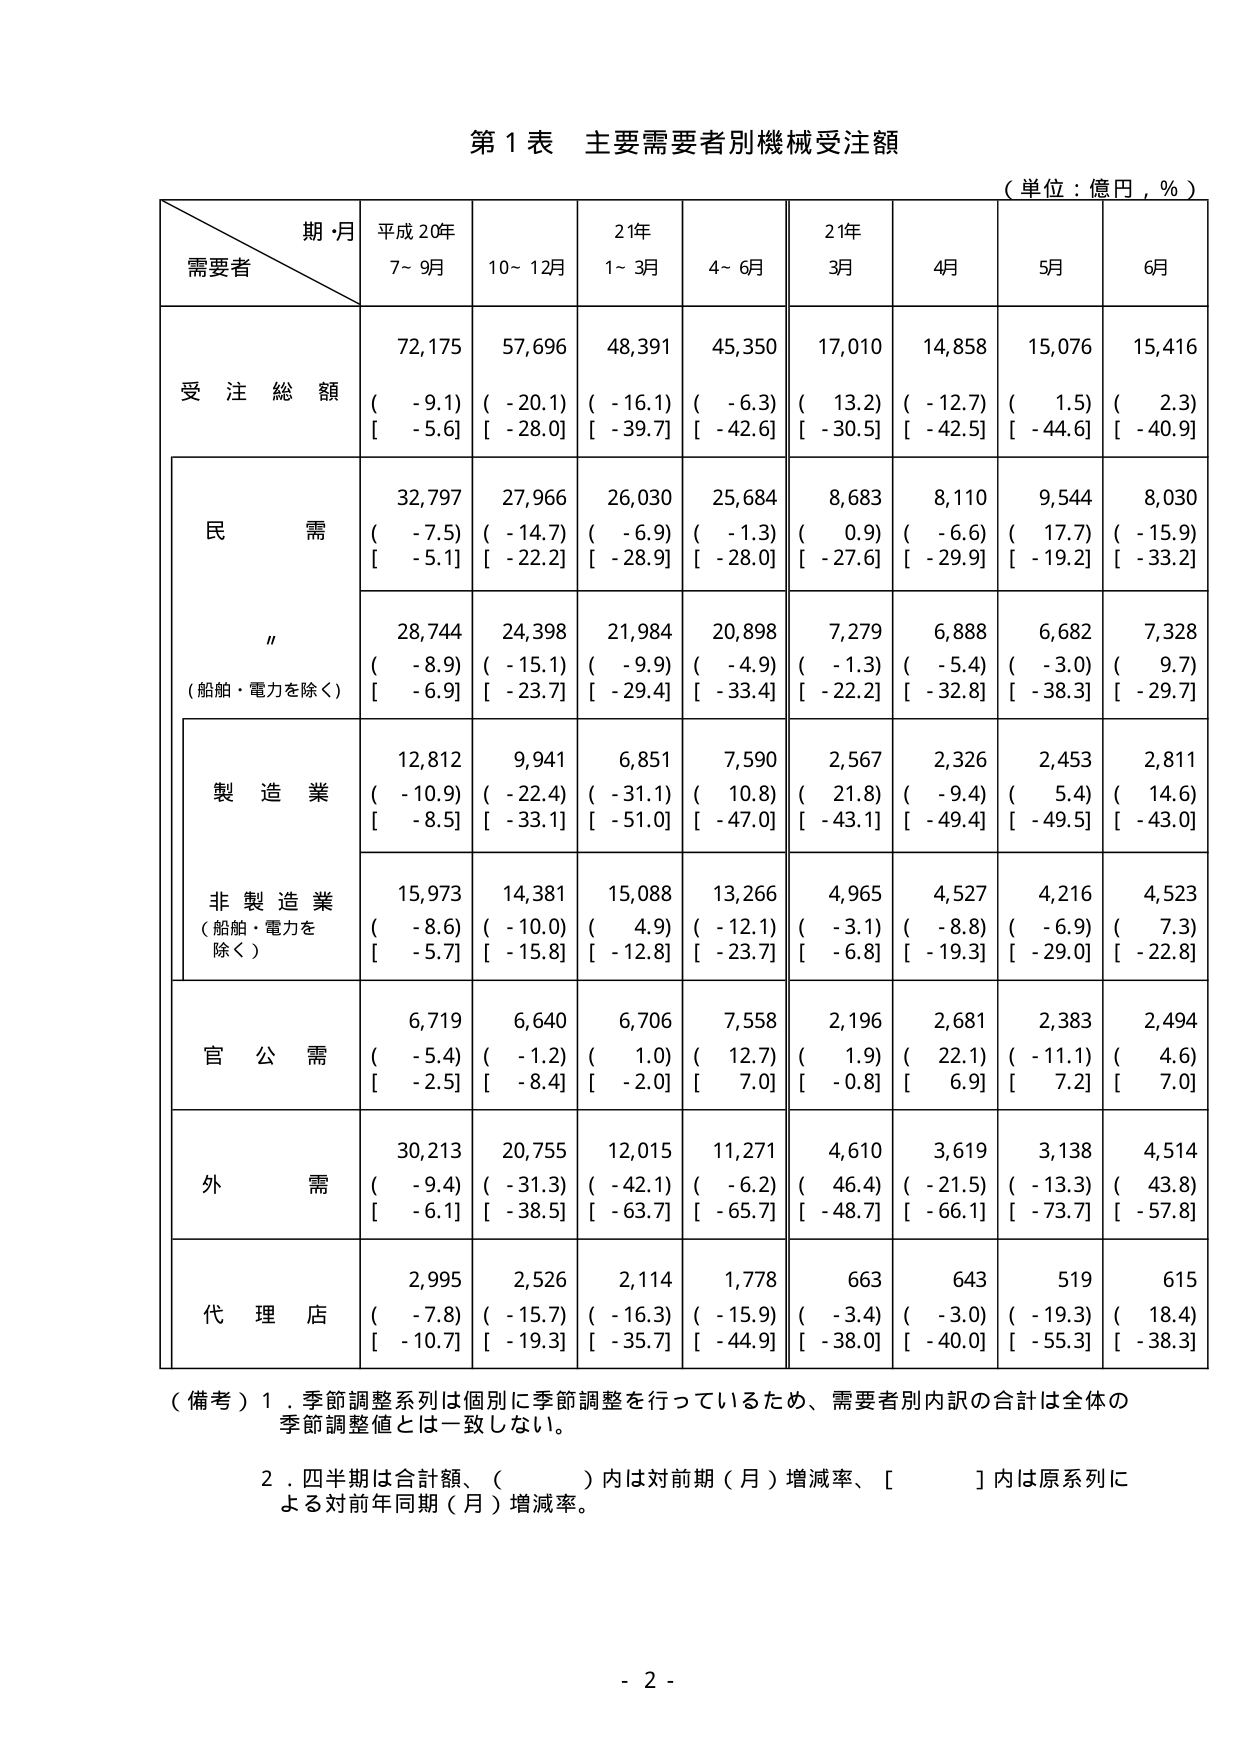
第１表 主要需要者別機械受注額
（単位：億円，％）

期・月
需要者
平成20年
7～9月
10～12月
21年
1～3月
4～6月
21年
3月
4月
5月
6月

受注総額
72,175
57,696
48,391
45,350
17,010
14,858
15,076
15,416
（ -9.1）
（ -20.1）
（ -16.1）
（ -6.3）
（ 13.2）
（ -12.7）
（ 1.5）
（ 2.3）
[ -5.6]
[ -28.0]
[ -39.7]
[ -42.6]
[ -30.5]
[ -42.5]
[ -44.6]
[ -40.9]

民需
32,797
27,966
26,030
25,684
8,683
8,110
9,544
8,030
（ -7.5）
（ -14.7）
（ -6.9）
（ -1.3）
（ 0.9）
（ -6.6）
（ 17.7）
（ -15.9）
[ -5.1]
[ -22.2]
[ -28.9]
[ -28.0]
[ -27.6]
[ -29.9]
[ -19.2]
[ -33.2]

〃
（船舶・電力を除く）
28,744
24,398
21,984
20,898
7,279
6,888
6,682
7,328
（ -8.9）
（ -15.1）
（ -9.9）
（ -4.9）
（ -1.3）
（ -5.4）
（ -3.0）
（ 9.7）
[ -6.9]
[ -23.7]
[ -29.4]
[ -33.4]
[ -22.2]
[ -32.8]
[ -38.3]
[ -29.7]

製造業
12,812
9,941
6,851
7,590
2,567
2,326
2,453
2,811
（ -10.9）
（ -22.4）
（ -31.1）
（ 10.8）
（ 21.8）
（ -9.4）
（ 5.4）
（ 14.6）
[ -8.5]
[ -33.1]
[ -51.0]
[ -47.0]
[ -43.1]
[ -49.4]
[ -49.5]
[ -43.0]

非製造業
（船舶・電力を除く）
15,973
14,381
15,088
13,266
4,965
4,527
4,216
4,523
（ -8.6）
（ -10.0）
（ 4.9）
（ -12.1）
（ -3.1）
（ -8.8）
（ -6.9）
（ 7.3）
[ -5.7]
[ -15.8]
[ -12.8]
[ -23.7]
[ -6.8]
[ -19.3]
[ -29.0]
[ -22.8]

官公需
6,719
6,640
6,706
7,558
2,196
2,681
2,383
2,494
（ -5.4）
（ -1.2）
（ 1.0）
（ 12.7）
（ 1.9）
（ 22.1）
（ -11.1）
（ 4.6）
[ -2.5]
[ -8.4]
[ -2.0]
[ 7.0]
[ -0.8]
[ 6.9]
[ 7.2]
[ 7.0]

外需
30,213
20,755
12,015
11,271
4,610
3,619
3,138
4,514
（ -9.4）
（ -31.3）
（ -42.1）
（ -6.2）
（ 46.4）
（ -21.5）
（ -13.3）
（ 43.8）
[ -6.1]
[ -38.5]
[ -63.7]
[ -65.7]
[ -48.7]
[ -66.1]
[ -73.7]
[ -57.8]

代理店
2,995
2,526
2,114
1,778
663
643
519
615
（ -7.8）
（ -15.7）
（ -16.3）
（ -15.9）
（ -3.4）
（ -3.0）
（ -19.3）
（ 18.4）
[ -10.7]
[ -19.3]
[ -35.7]
[ -44.9]
[ -38.0]
[ -40.0]
[ -55.3]
[ -38.3]

（備考）１．季節調整系列は個別に季節調整を行っているため、需要者別内訳の合計は全体の季節調整値とは一致しない。
２．四半期は合計額、（　　）内は対前期（月）増減率、[　　]内は原系列による対前年同期（月）増減率。

- 2 -